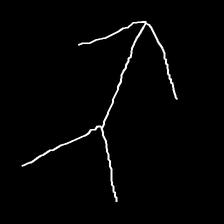
Glyph: gather